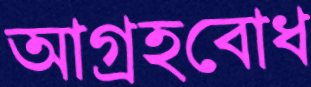
আগ্রহবোধ